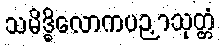
သမိဒ္ဓိလောကပဉှာသုတ္တံ